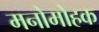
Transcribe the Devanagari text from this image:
मनोमोहक